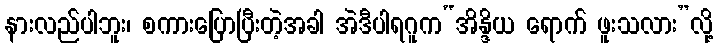
နားလည်ပါဘူး၊ စကားပြောပြီးတဲ့အခါ အဲဒီပါရဂူက“အိန္ဒိယ ရောက် ဖူးသလား”လို့